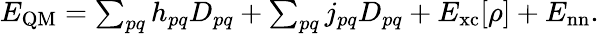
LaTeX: \begin{array}{r}{E_{\mathrm{QM}}=\sum_{pq}h_{pq}D_{pq}+\sum_{pq}j_{pq}D_{pq}+E_{\mathrm{xc}}[\rho]+E_{\mathrm{nn}}.}\end{array}